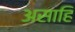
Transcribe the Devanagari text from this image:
असाहि